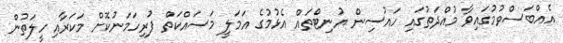
އެއްބަސްވުމުގައިވާ މުއްދަތުގައި ހައުސިން ޔުނިޓްތައް އެޅުމުގެ އަމަލީ މަސައްކަތް ފުރިހަމަނުކޮށް މަކަރާއި ހީލަތުން